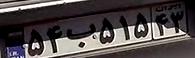
۵۴ب۵۱۵۴۳